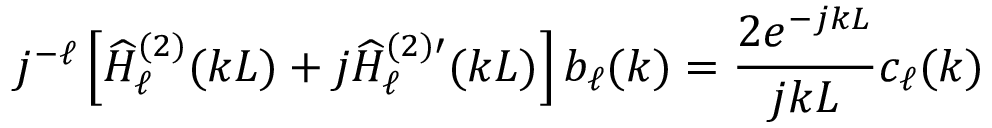
j ^ { - \ell } \left[ \widehat { H } _ { \ell } ^ { ( 2 ) } ( k L ) + j \widehat { H } _ { \ell } ^ { ( 2 ) \prime } ( k L ) \right] b _ { \ell } ( k ) = \frac { 2 e ^ { - j k L } } { j k L } c _ { \ell } ( k )